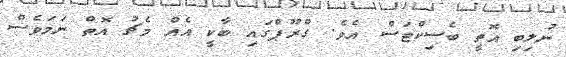
ނުލިބި އޮތީ ބެސިކްޓަސް އެވެ. ގްރޫޕްގައި ބާކީ އެއް މެޗު އޮތް ނަމަވެސް